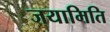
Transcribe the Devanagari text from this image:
जयामिति